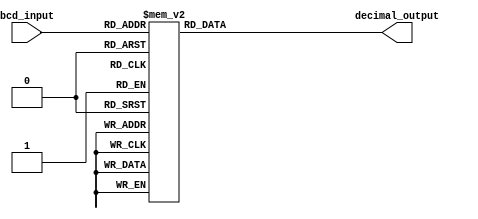
module BCD_Decoder(
    input [3:0] bcd_input,
    output reg [3:0] decimal_output
    );

    always @*
    begin
        case(bcd_input)
            4'b0000: decimal_output = 4'b0000; // 0
            4'b0001: decimal_output = 4'b0001; // 1
            4'b0010: decimal_output = 4'b0010; // 2
            4'b0011: decimal_output = 4'b0011; // 3
            4'b0100: decimal_output = 4'b0100; // 4
            4'b0101: decimal_output = 4'b0101; // 5
            4'b0110: decimal_output = 4'b0110; // 6
            4'b0111: decimal_output = 4'b0111; // 7
            4'b1000: decimal_output = 4'b1000; // 8
            4'b1001: decimal_output = 4'b1001; // 9
            
            default: decimal_output = 4'bzzzz; // Invalid BCD input
        endcase
    end
endmodule